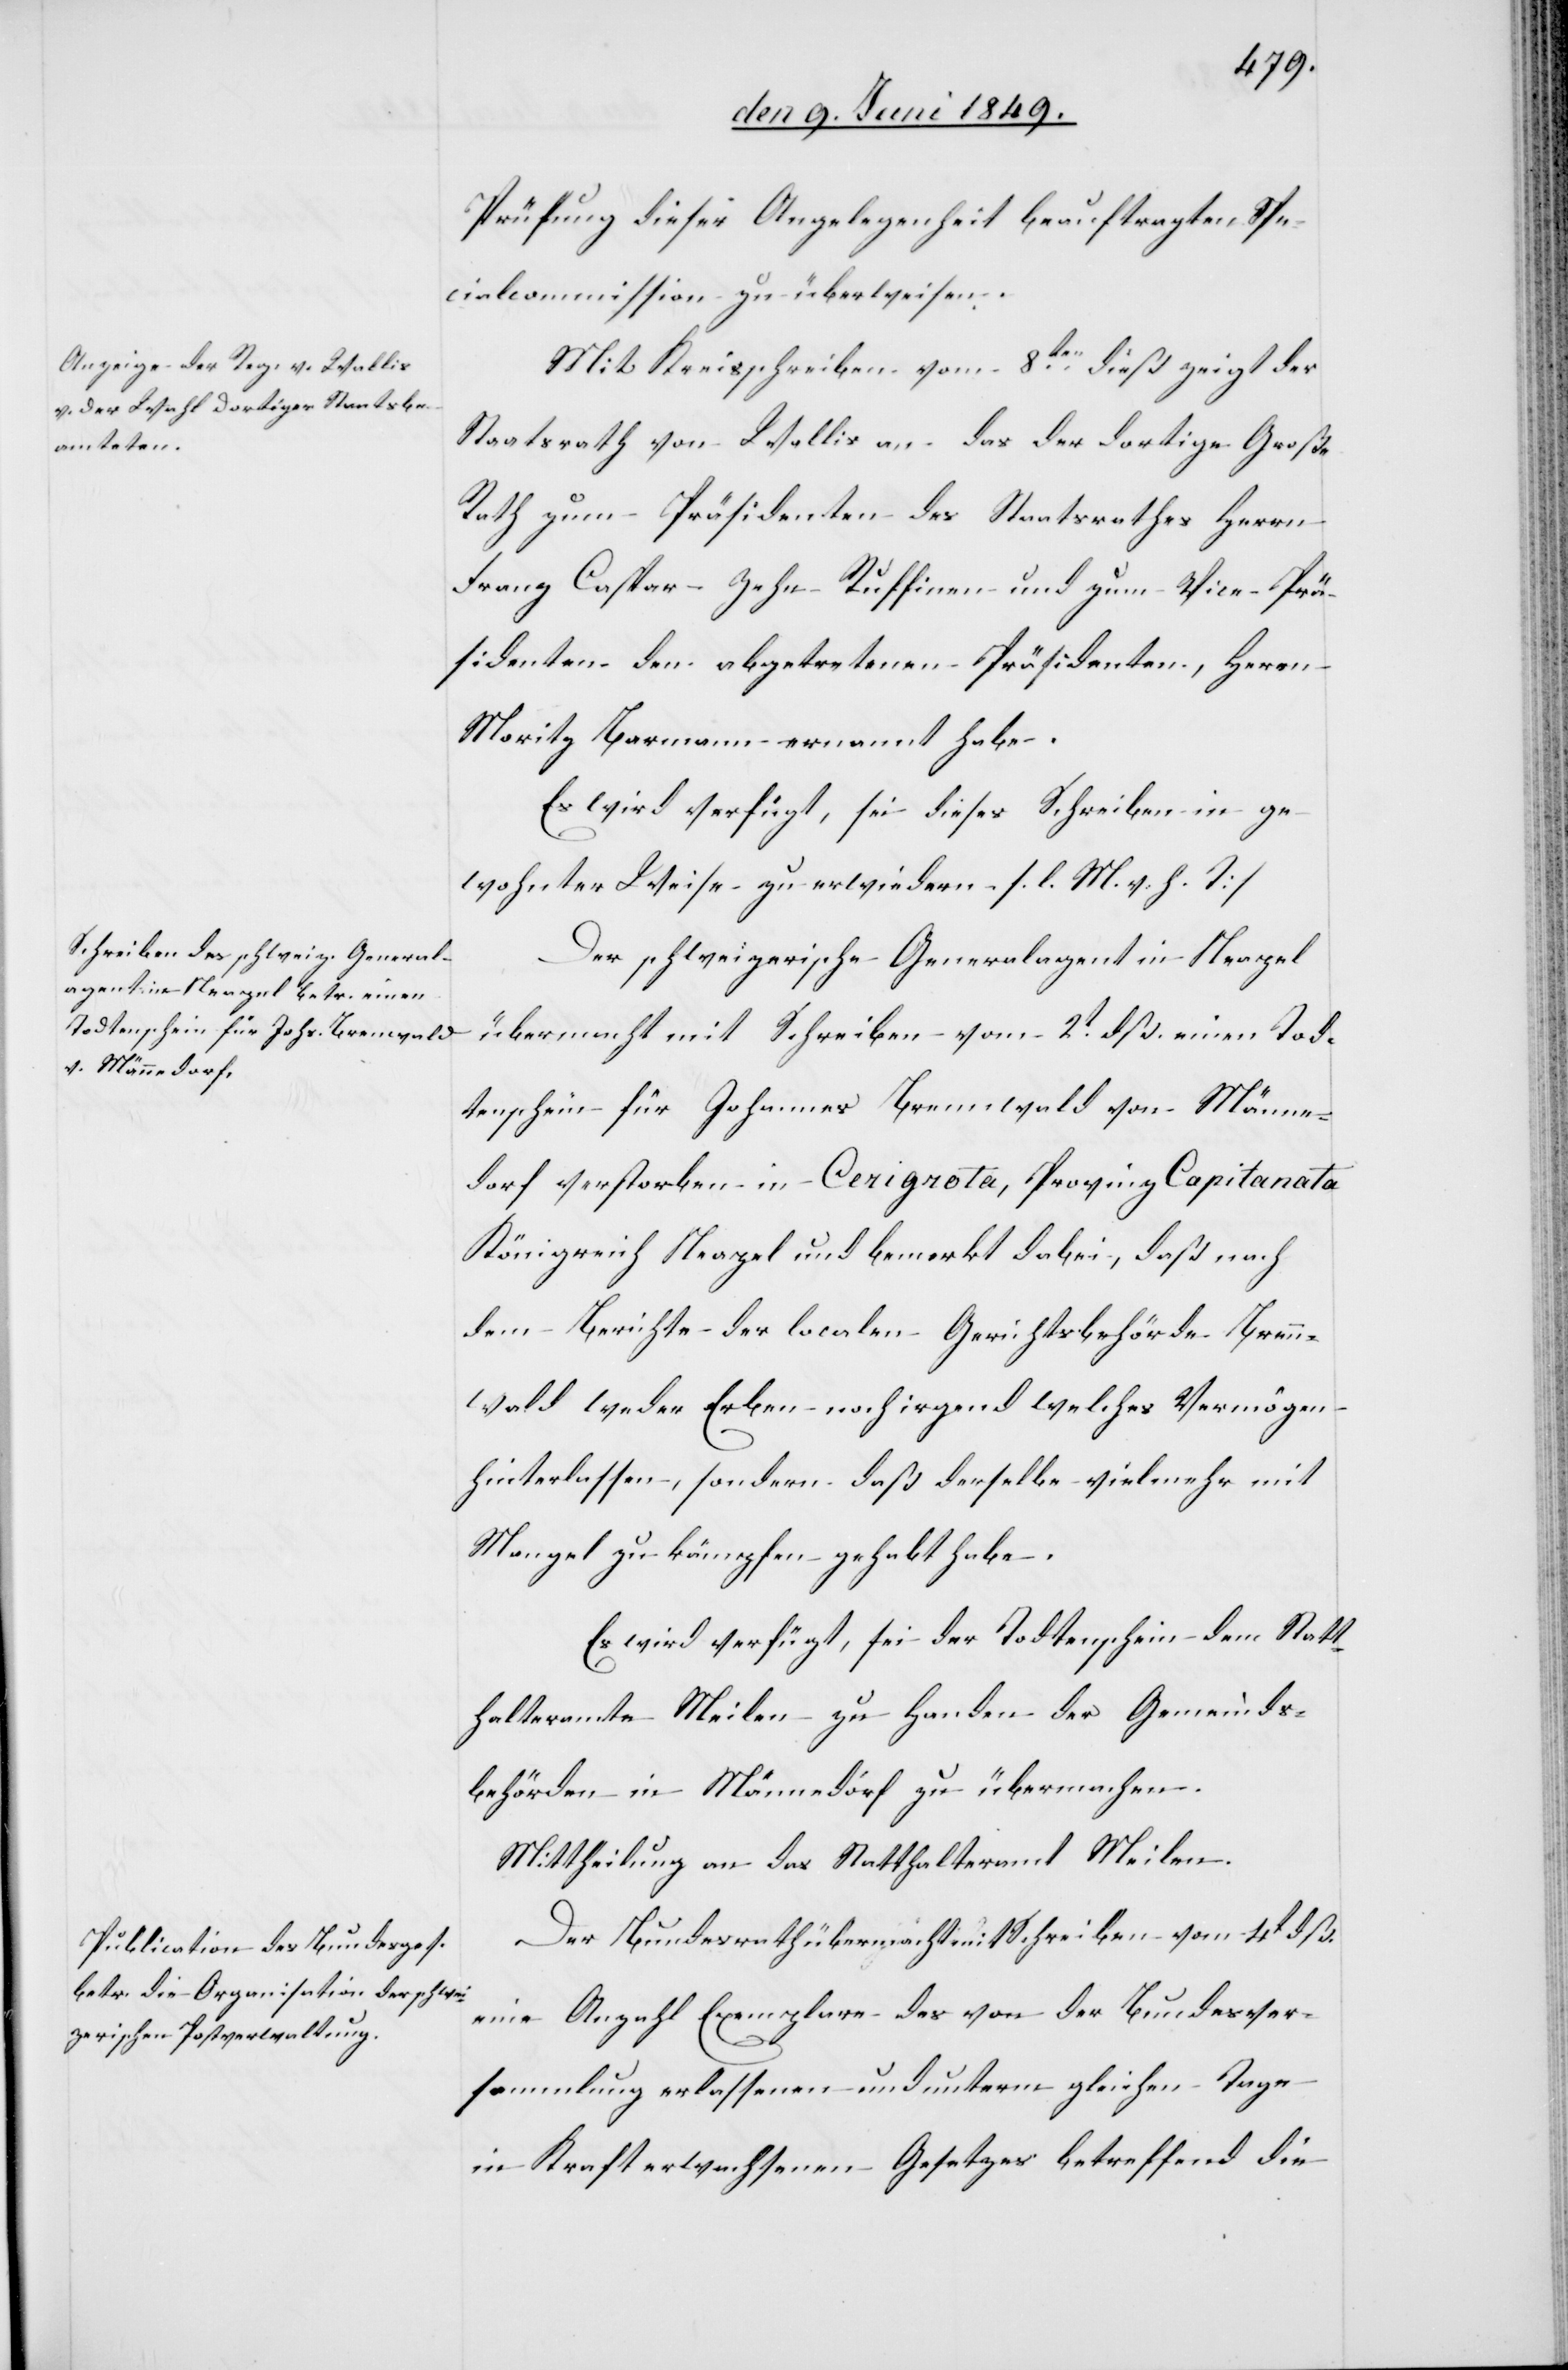
den 11. Juni 1849.]
Prüfung dieser Angelegenheit beauftragten Spe¬
cialcommission zu überweisen.
Mit Kreisschreiben vom 8ten dieß zeigt der
Staatsrath von Wallis an das der dortige Große
Rath zum Präsidenten des Staatsrathes Herrn
Franz Caspar Zehn Ruffinen und zum Vice-Prä¬
sidenten den abgetretenen Präsidenten, Herren
Moritz Barmann ernannt habe.
Es wird verfügt, sei dieses Schreiben in ge¬
wohnter Weise zu erwiedern. [l. M. h. T]
Der schweizerische Generalagent in Neapel
übermacht mit Schreiben vom 2t dß. einen Tod¬
tenschein für Johannes Brennwald von Männe¬
dorf verstorben in Cerignola, Provinz Capitanata
Königreich Neapel und bemerkt dabei, daß nach
dem Berichte der localen Gerichtsbehörde Brenn¬
wald weder Erben noch irgend welches Vermögen
hinterlassen, sondern daß derselbe vielmehr mit
Mangel zu kämpfen gehabt habe.
Es wird verfügt, sei der Todtenschein dem Statt¬
halteramte Meilen zu Handen der Gemeinds¬
behörden in Männedorf zu übermachen.
Mittheilung an das Statthalteramt Meilen.
Der Bundesrath übermacht mit Schreiben vom 4t dß.
eine Anzahl Exemplare des von der Bundesver¬
sammlung erlassenen und unterm gleichen Tage
in Kraft erwachsenen Gesetzes betreffend die